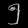
Digit: ၅